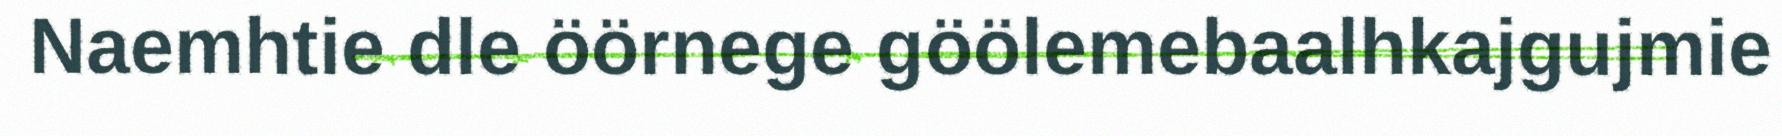
Naemhtie dle öörnege göölemebaalhkajgujmie